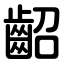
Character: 齠